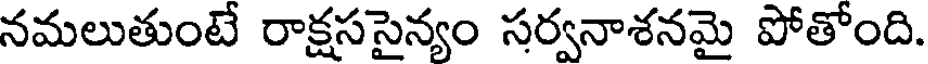
నమలుతుంటే రాక్షససైన్యం సర్వనాశనమై పోతోంది.